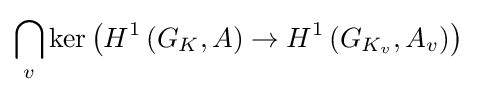
\bigcap _{v}\mathrm {ker} \left(H^{1}\left(G_{K},A\right)\rightarrow H^{1}\left(G_{K_{v}},A_{v}\right)\right)